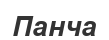
Панча